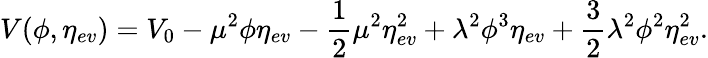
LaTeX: V(\phi,\eta_{ev})=V_{0}-\mu^{2}\phi\eta_{ev}-\frac{1}{2}\mu^{2}\eta_{ev}^{2}+\lambda^{2}\phi^{3}\eta_{ev}+\frac{3}{2}\lambda^{2}\phi^{2}\eta_{ev}^{2}.